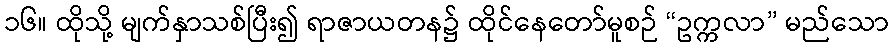
၁၆။ ထိုသို့ မျက်နှာသစ်ပြီး၍ ရာဇာယတန၌ ထိုင်နေတော်မူစဉ် “ဥက္ကလာ” မည်သော